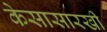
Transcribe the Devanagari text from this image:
केसासारखी